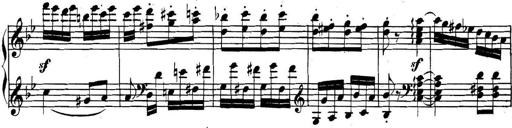
Title: Collected Piano Sonatas
Composer: Muzio Clementi